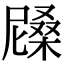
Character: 𣙰